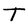
Character: T